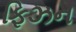
ફિઝન